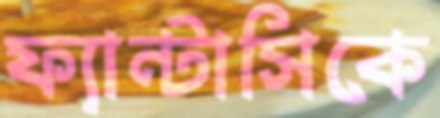
ফ্যান্টাসিকে